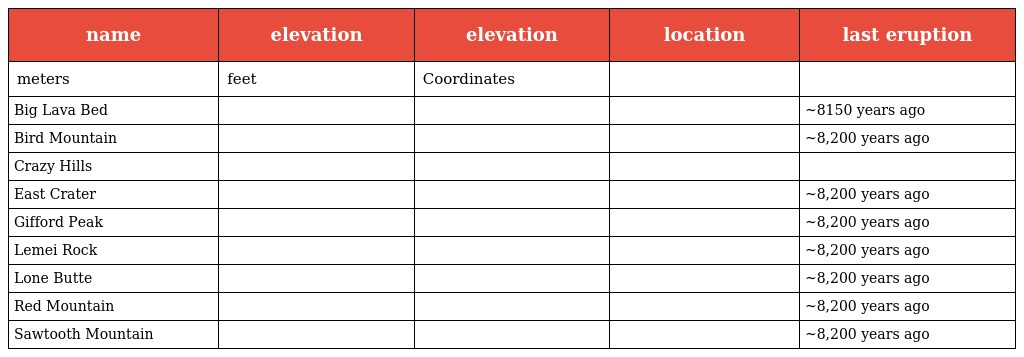
| name | elevation | elevation | location | last eruption |
 | --- | --- | --- | --- | --- |
 | meters | feet | Coordinates |  |  |
 | Big Lava Bed |  |  |  | ~8150 years ago |
 | Bird Mountain |  |  |  | ~8,200 years ago |
 | Crazy Hills |  |  |  |  |
 | East Crater |  |  |  | ~8,200 years ago |
 | Gifford Peak |  |  |  | ~8,200 years ago |
 | Lemei Rock |  |  |  | ~8,200 years ago |
 | Lone Butte |  |  |  | ~8,200 years ago |
 | Red Mountain |  |  |  | ~8,200 years ago |
 | Sawtooth Mountain |  |  |  | ~8,200 years ago |